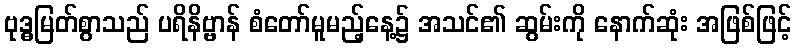
ဗုဒ္ဓမြတ်စွာသည် ပရိနိဗ္ဗာန် စံတော်မူမည့်နေ့၌ အသင်၏ ဆွမ်းကို နောက်ဆုံး အဖြစ်ဖြင့်